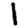
Digit: 1